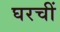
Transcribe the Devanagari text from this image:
घरचीं